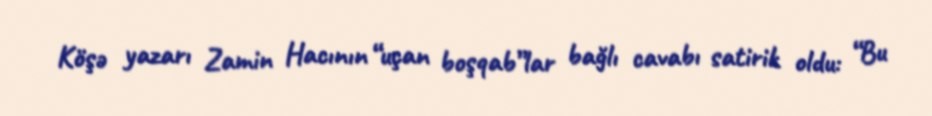
Köşə yazarı Zamin Hacının “uçan boşqab”lar bağlı cavabı satirik oldu: “Bu